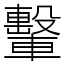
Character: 轚